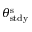
\theta _ { \mathrm { s t d y } } ^ { \mathrm { s } }